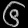
Digit: ၆